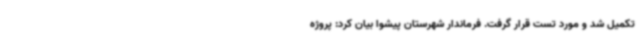
تکمیل شد و مورد تست قرار گرفت. فرماندار شهرستان پیشوا بیان کرد: پروژه